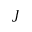
J